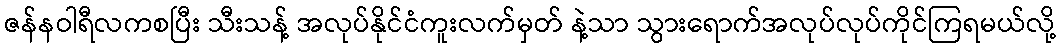
ဇန်နဝါရီလကစပြီး သီးသန့် အလုပ်နိုင်ငံကူးလက်မှတ် နဲ့သာ သွားရောက်အလုပ်လုပ်ကိုင်ကြရမယ်လို့